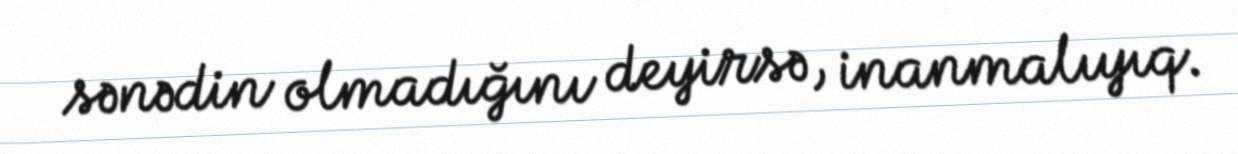
sənədin olmadığını deyirsə, inanmalıyıq.